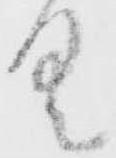
具